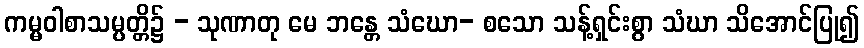
ကမ္မဝါစာသမ္ပတ္တိ၌ - သုဏာတု မေ ဘန္တေ သံဃော- စသော သန့်ရှင်းစွာ သံဃာ သိအောင်ပြု၍